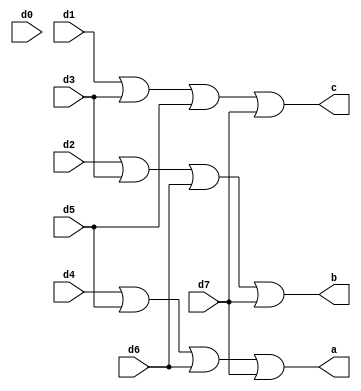
module Encoder(d0,d1,d2,d3,d4,d5,d6,d7,a,b,c);
  input d0,d1,d2,d3,d4,d5,d6,d7;
  output a,b,c;
  or(a,d4,d5,d6,d7);
  or(b,d2,d3,d6,d7);
  or(c,d1,d3,d5,d7);
endmodule